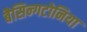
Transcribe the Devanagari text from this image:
बैसिन्गटोनिया